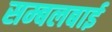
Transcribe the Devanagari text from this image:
सम्बलबाई